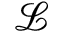
\mathcal { L }